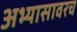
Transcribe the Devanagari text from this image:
अभ्यासावरच